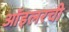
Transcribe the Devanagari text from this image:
ऑइलरची